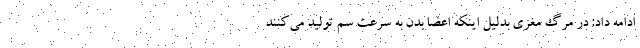
ادامه داد: در مرگ مغزی بدلیل اینکه اعضا بدن به سرعت سم تولید می‌کنند